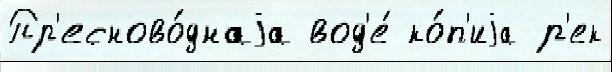
Пр'есново́днаjа вод'е́ ко́п'иjа р'ек